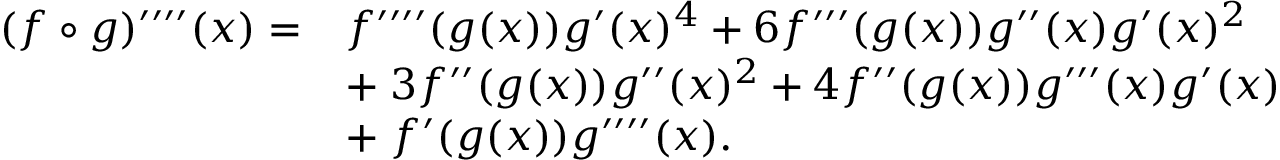
{ \begin{array} { r l } { ( f \circ g ) ^ { \prime \prime \prime \prime } ( x ) = } & { f ^ { \prime \prime \prime \prime } ( g ( x ) ) g ^ { \prime } ( x ) ^ { 4 } + 6 f ^ { \prime \prime \prime } ( g ( x ) ) g ^ { \prime \prime } ( x ) g ^ { \prime } ( x ) ^ { 2 } } \\ & { + \; 3 f ^ { \prime \prime } ( g ( x ) ) g ^ { \prime \prime } ( x ) ^ { 2 } + 4 f ^ { \prime \prime } ( g ( x ) ) g ^ { \prime \prime \prime } ( x ) g ^ { \prime } ( x ) } \\ & { + \; f ^ { \prime } ( g ( x ) ) g ^ { \prime \prime \prime \prime } ( x ) . } \end{array} }